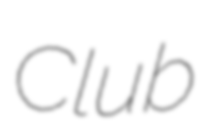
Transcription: Club